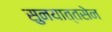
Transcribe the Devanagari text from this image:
सुनयात्तसेन